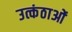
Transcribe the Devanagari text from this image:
उत्कंठाओं